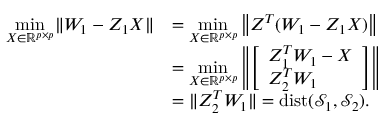
\begin{array} { r l } { \underset { X \in \mathbb { R } ^ { p \times p } } { \operatorname* { m i n } } \| W _ { 1 } - Z _ { 1 } X \| } & { = \underset { X \in \mathbb { R } ^ { p \times p } } { \operatorname* { m i n } } \left\| Z ^ { T } ( W _ { 1 } - Z _ { 1 } X ) \right\| } \\ & { = \underset { X \in \mathbb { R } ^ { p \times p } } { \operatorname* { m i n } } \left\| \left[ \begin{array} { l } { Z _ { 1 } ^ { T } W _ { 1 } - X } \\ { Z _ { 2 } ^ { T } W _ { 1 } } \end{array} \right] \right\| } \\ & { = \| Z _ { 2 } ^ { T } W _ { 1 } \| = { \mathrm { d i s t } } ( \mathcal { S } _ { 1 } , \mathcal { S } _ { 2 } ) . } \end{array}